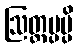
ဩတ္တပ္ပမ္ပိ